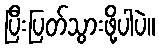
ပြီးပြတ်သွားဖို့ပါပဲ။